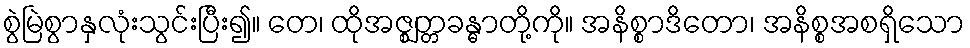
စွဲမြဲစွာနှလုံးသွင်းပြီး၍။ တေ၊ ထိုအဇ္ဈတ္တခန္ဓာတို့ကို။ အနိစ္စာဒိတော၊ အနိစ္စအစရှိသော